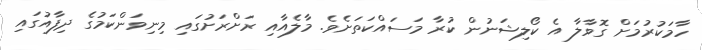
ހާމަކުރުމަށް ގޮވާލާ އެ ކޯލިޝަނުން ކުރާ މަސައްކަތަށެވެ. މާލެއާއި ރަށްރަށުގައި މިނިވަންކަމުގެ ދިފާއުގައި